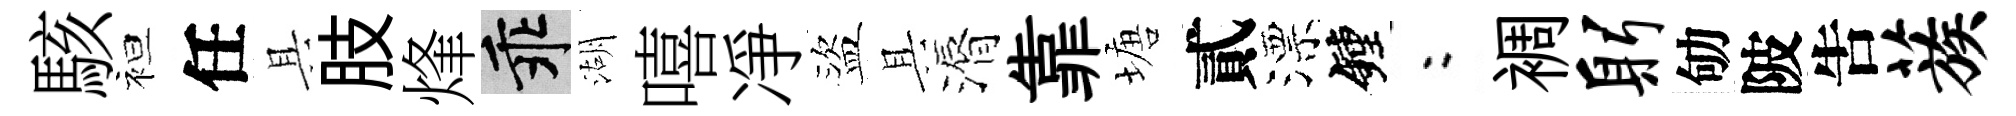
駭袒任具肢烽乖湖嘻凈盜具漘靠塘貳漂鐘欸裯躬劬陂吿蔟